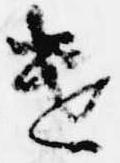
遣